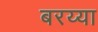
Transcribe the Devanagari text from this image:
बरय्या